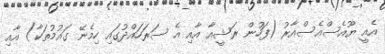
އެއީ ޔޫއެސްއެސްއާރު (ފަހުން ރަޝީއާ އާއި އެ ސަރަހައްދުގައި ހިމެނޭ ގައުމުތަކާ) އާއި